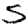
Digit: 5